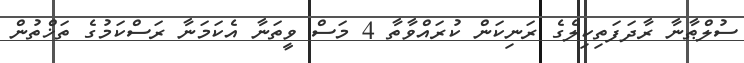
ސުލްޠާނާ ރާދަފަތިކިލެގެ ރަނިކަން ކުރައްވާތާ 4 މަސް ވީތަނާ އެކަމަނާ ރަސްކަމުގެ ތަޚްތުން